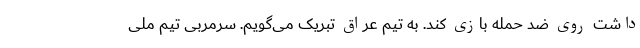
داشت روی ضد حمله بازی کند. به تیم عراق تبریک می‌گویم. سرمربی تیم ملی